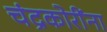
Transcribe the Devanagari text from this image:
चंद्रकोरींना